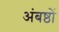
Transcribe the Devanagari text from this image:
अंबष्ठों